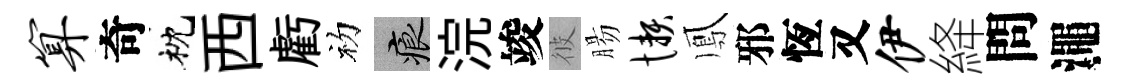
算奇枕西虧初痕浣竣彼腸懒鳳邪恆又伊絳問澠